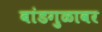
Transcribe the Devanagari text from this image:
बांडगुळावर